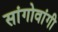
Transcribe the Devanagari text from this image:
सांगोवांगी